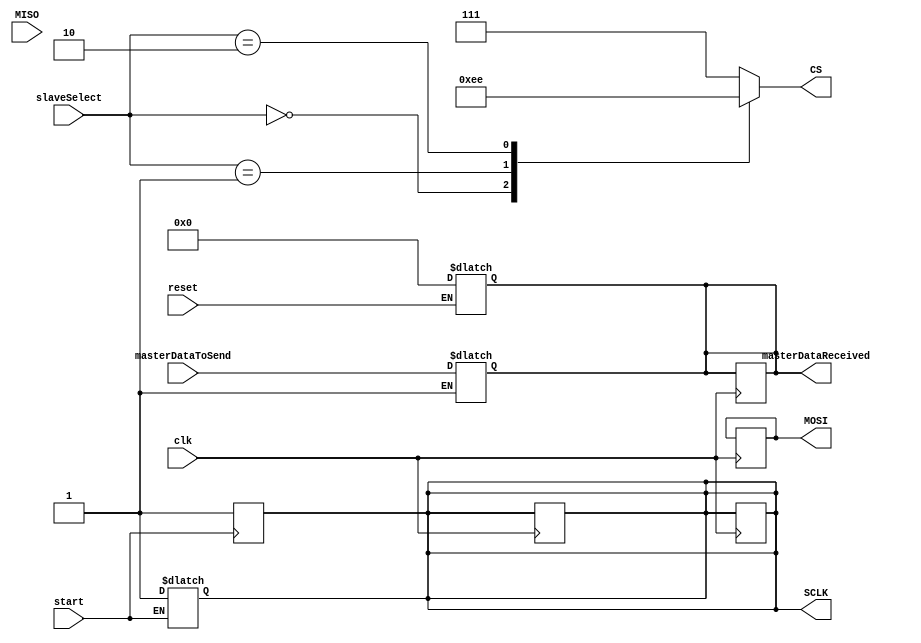
module Master(
clk,
reset,
start,
slaveSelect,
masterDataToSend,
masterDataReceived,
SCLK,
CS,
MOSI,
MISO);

//inputs
input clk; 
input reset; 
input start;
input  MISO;
input [1:0] slaveSelect;
input [7:0] masterDataToSend;

//outputs
output reg [7:0] masterDataReceived;
output reg SCLK;
output reg [0:2]CS; 
output reg MOSI;

//resvoir for data stored int the register
reg [7:0]dateReserved;

// temporary resovoir for shifting and sending
reg [7:0]tempDateReserved;

//enable for meking the first posedge clk to operate not the  negedge clk
reg enable;

// counter for 8 bits transmission
reg [3:0]counter;
assign counter = 8;

// reg enabled to handle the problem of not assigning any data while transferring
reg enable_for_storing;
assign enable_for_storing = 1;

//reset the stored to 0
always@(reset)
begin
 if(reset == 1)
 begin
  if(enable_for_storing == 1)
  begin
   dateReserved = 0;
   masterDataReceived = dateReserved ;
   tempDateReserved = dateReserved;
  end
 end
end

//assign the selected slave to the master
always@(slaveSelect)
begin
CS = 3'b111;
 case (slaveSelect)
	0: CS = 3'b011;
	1: CS = 3'b101;
	2: CS = 3'b110;
	default:
	  CS = 3'b111;
 endcase
end

//responsible for initializing the stored data
always@(masterDataToSend)
begin
 if(enable_for_storing == 1)
 begin
 dateReserved = masterDataToSend;
 tempDateReserved = dateReserved;
 masterDataReceived = dateReserved;
  if(start == 1)
   begin
   tempDateReserved = dateReserved;
   SCLK = 0;
   enable = 0;
   counter = 0;
   SCLK = 1;
   end
 end
end

// for shifting & sending
always@(posedge clk)
begin
 if(counter < 8)
 begin
  enable_for_storing = 0;
  MOSI = tempDateReserved[0];
  tempDateReserved = tempDateReserved>>1;
  SCLK = 1;
  enable = 1;
 end
end

// for storing the recieved bit
always@(negedge clk)
begin
 if( counter < 8 && enable == 1)
 begin
  tempDateReserved[7] = MISO; 
  masterDataReceived = tempDateReserved ;
  SCLK = 0;
  counter = counter + 1;
 end
 else if(counter > 7)
 begin
  tempDateReserved = dateReserved;
  enable_for_storing = 1;
 end
end

// to start transmitting 8 bits
always@(posedge start)
begin
tempDateReserved = dateReserved;
SCLK = 0;
enable = 0;
counter = 0;
SCLK = 1;

end

endmodule